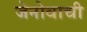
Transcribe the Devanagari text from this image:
जेनोवाची